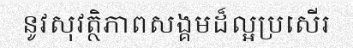
នូវសុវត្ថិភាពសង្គមដ៏ល្អប្រសើរ